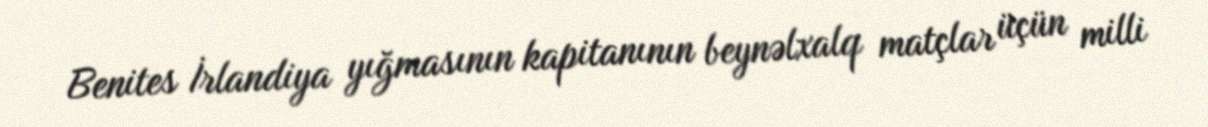
Benites İrlandiya yığmasının kapitanının beynəlxalq matçlar üçün milli